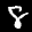
Label: 8